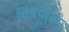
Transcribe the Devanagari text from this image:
विंडपार्क